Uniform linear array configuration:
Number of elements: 48
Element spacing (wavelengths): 1
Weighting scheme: kaiser
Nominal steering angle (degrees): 0
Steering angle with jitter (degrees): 1.765
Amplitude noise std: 0.05
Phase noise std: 0.05

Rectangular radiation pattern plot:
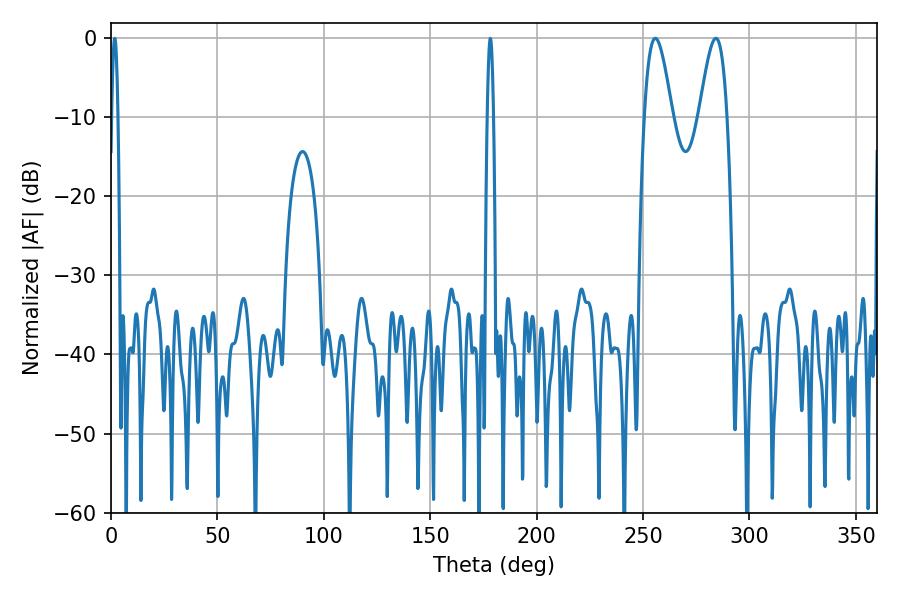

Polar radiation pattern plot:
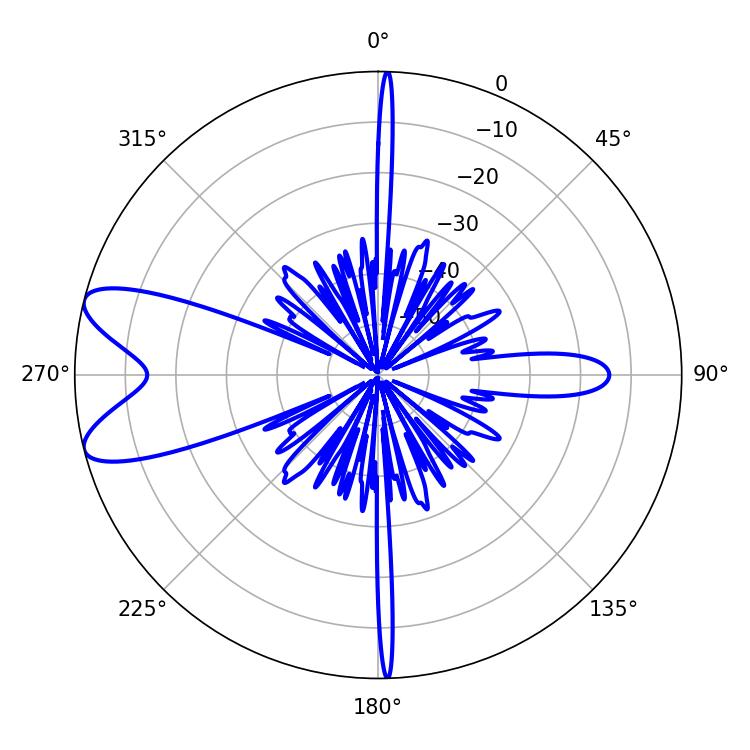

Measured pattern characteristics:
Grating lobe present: TRUE
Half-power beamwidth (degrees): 7.02
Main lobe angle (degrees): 284.22